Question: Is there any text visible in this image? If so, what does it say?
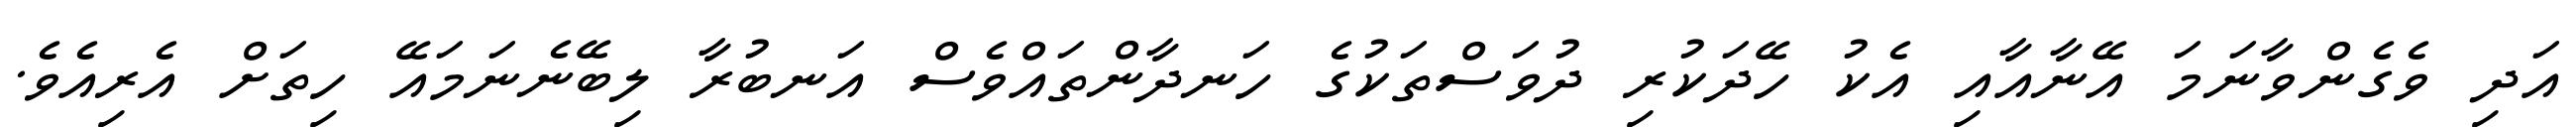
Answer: އަދި ވެގެންވާނަމަ އޭނާއާއި އެކު ހޭދަކުރި ދުވަސްތަކުގެ ހަނދާންތައްވެސް އަނބުރާ ލިބޭނެނަމައޭ ހިތަށް އެރިއެވެ.